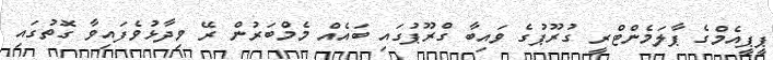
ޕީޕީއެމްގެ ޕާލަމެންޓްރީ ގުރޫޕުގެ ވައިބާ ގްރޫޕުގައި ބައެއް މެމްބަރުން ރޭ ވިދާޅުވެފައިވާ ގޮތުގައި